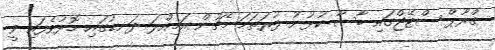
ގްރޫޕް ސްޓޭޖްގައި ބާސާ ކުޅުނު ފުރަތަމަ މެޗުން އަމިއްލަ ދަނޑުގައި މޮޅުވެފައި ވީ